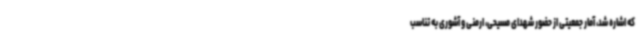
که اشاره شد، آمار جمعیتی از حضور شهدای مسیحی، ارمنی و آشوری به تناسب